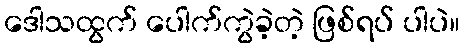
ဒေါသထွက် ပေါက်ကွဲခဲ့တဲ့ ဖြစ်ရပ် ပါပဲ။